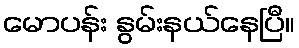
မောပန်း နွမ်းနယ်နေပြီ။